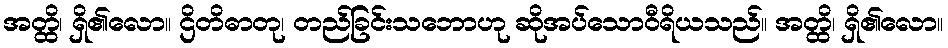
အတ္ထိ၊ ရှိ၏လော။ ဌိတိဓာတု၊ တည်ခြင်းသဘောဟု ဆိုအပ်သောဝီရိယသည်။ အတ္ထိ၊ ရှိ၏လော။